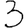
Digit: 3